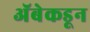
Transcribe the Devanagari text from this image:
अॅबेकडून